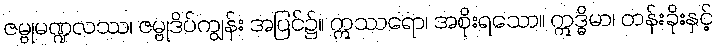
ဇမ္ဗုမဏ္ဍလဿ၊ ဇမ္ဗုဒိပ်ကျွန်း အပြင်၌။ ဣဿရော၊ အစိုးရသော။ ဣဒ္ဓိမာ၊ တန်းခိုးနှင့်